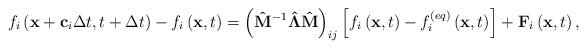
LaTeX: \begin{align*}{f_i}\left( {{\bf{x}} + {{\bf{c}}_i}\Delta t,t + \Delta t} \right) - {f_i}\left( {{\bf{x}},t} \right) = {\left( {{{{\bf{\hat M}}}^{ - 1}}{\bf{\hat \Lambda \hat M}}} \right)_{ij}}\left[ {{f_i}\left( {{\bf{x}},t} \right) - f_i^{\left( {eq} \right)}\left( {{\bf{x}},t} \right)} \right] + {{\bf{F}}_i}\left( {{\bf{x}},t} \right),\end{align*}